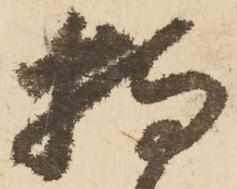
持